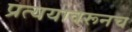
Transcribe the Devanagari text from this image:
प्रत्ययावरूनच